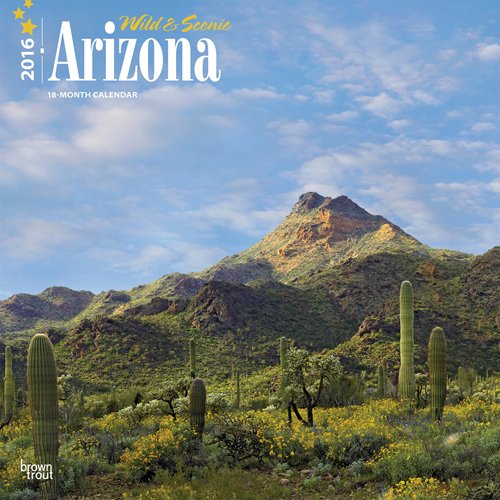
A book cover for Arizona, Wild & Scenic 2016 Square 12x12; Browntrout Publishers; Calendars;